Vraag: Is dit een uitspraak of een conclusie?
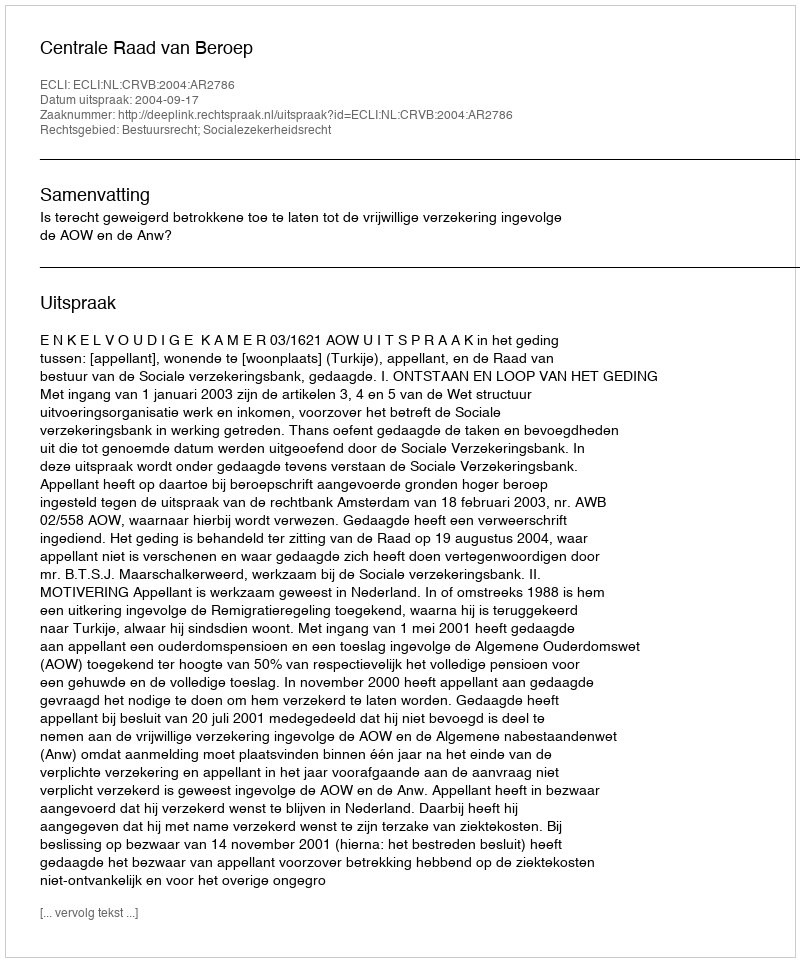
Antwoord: Uitspraak